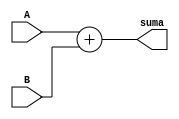
// Implements a simple addder module
// Brandon Esquivel Molina
// UCR

module adder #(
	parameter WIDTH = 16
)(
	input wire  [WIDTH-1:0]   A,
	input wire  [WIDTH-1:0]   B,
	output reg  [WIDTH-1:0]   suma
);
   always@(*) begin
      suma = A + B;
   end

endmodule 
// adder